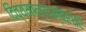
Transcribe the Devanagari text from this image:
दिव्यमाल्याम्बरधरं